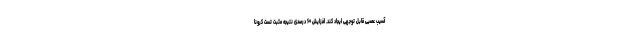
آسیب عصبی قابل توجهی ایجاد کند. افزایش ۶۰ درصدی نتیجه مثبت تست کرونا